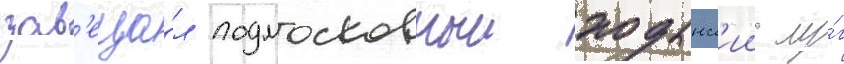
зав'еща́л подмосковныи ходынск'ии лу́г